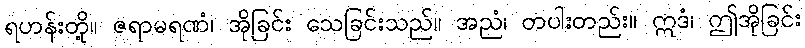
ရဟန်းတို့။ ဇရာမရဏံ၊ အိုခြင်း သေခြင်းသည်။ အညံ၊ တပါးတည်း။ ဣဒံ၊ ဤအိုခြင်း